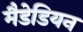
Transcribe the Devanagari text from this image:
मैडेडियन